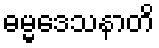
ဓမ္မဒေသနာတိ